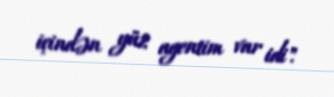
içindən yüz agentim var idi".